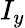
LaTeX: I_{y}